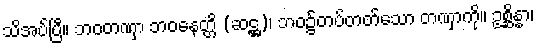
သိအပ်ပြီ။ ဘဝတဏှာ ဘဝနေတ္တိ (ဆဋ္ဌ)၊ ဘဝ၌တပ်တတ်သော တဏှာကို။ ဥစ္ဆိန္နာ၊